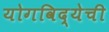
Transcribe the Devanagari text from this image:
योगविद्येची